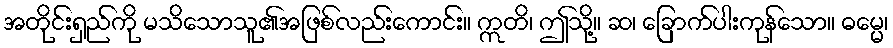
အတိုင်းရှည်ကို မသိသောသူ၏အဖြစ်လည်းကောင်း။ ဣတိ၊ ဤသို့။ ဆ၊ ခြောက်ပါးကုန်သော။ ဓမ္မေ၊